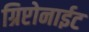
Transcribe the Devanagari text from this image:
ग्रिप्टोनाईट